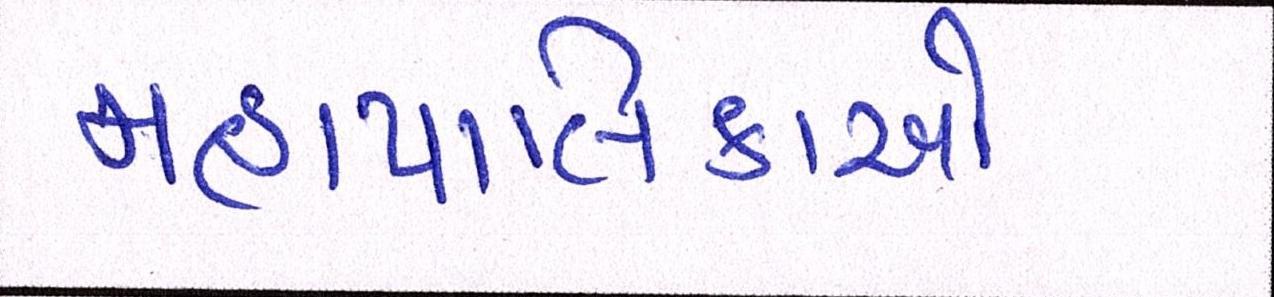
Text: મહાપાલિકાઓ